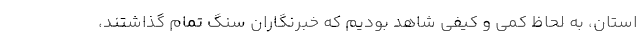
استان، به لحاظ کمّی و کیفی شاهد بودیم که خبرنگاران سنگ تمام گذاشتند،